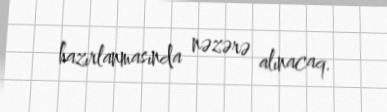
hazırlanmasında nəzərə alınacaq.